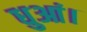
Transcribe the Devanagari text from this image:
धुआं।